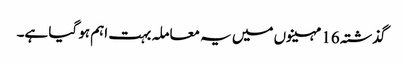
گذشتہ 16 مہینوں میں یہ معاملہ بہت اہم ہو گیا ہے۔